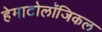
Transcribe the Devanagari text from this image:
हेमाटोलॉजिकल